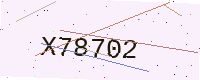
Text: X78702